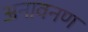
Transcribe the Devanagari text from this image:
अनावनण